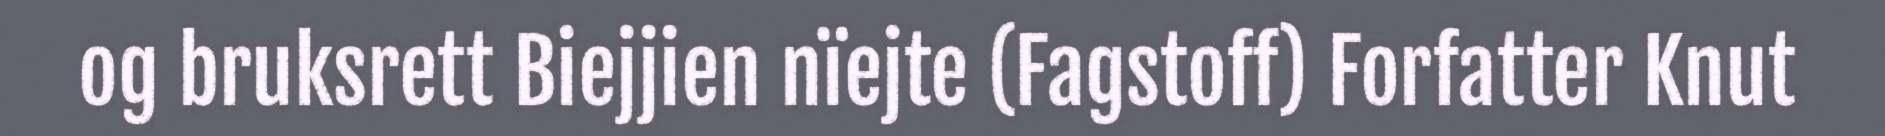
og bruksrett Biejjien nïejte (Fagstoff) Forfatter Knut